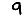
Digit: 9